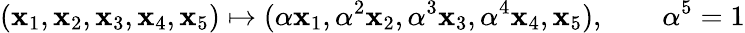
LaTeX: (\mathbf{x}_{1},\mathbf{x}_{2},\mathbf{x}_{3},\mathbf{x}_{4},\mathbf{x}_{5})\mapsto(\alpha\mathbf{x}_{1},\alpha^{2}\mathbf{x}_{2},\alpha^{3}\mathbf{x}_{3},\alpha^{4}\mathbf{x}_{4},\mathbf{x}_{5}),\qquad\alpha^{5}=1